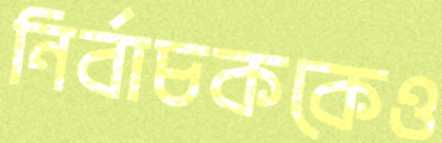
নির্বাচককেও